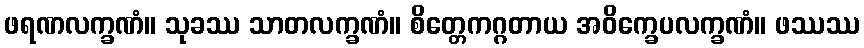
ဖရဏလက္ခဏံ။ သုခဿ သာတလက္ခဏံ။ စိတ္တေကဂ္ဂတာယ အဝိက္ခေပလက္ခဏံ။ ဖဿဿ